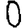
Digit: 0